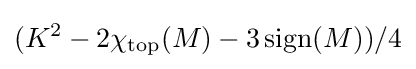
(K^{2}-2\chi _{\mathrm {top} }(M)-3\operatorname {sign} (M))/4